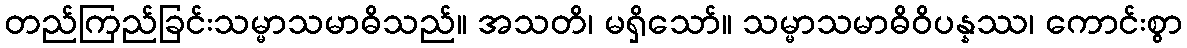
တည်ကြည်ခြင်းသမ္မာသမာဓိသည်။ အသတိ၊ မရှိသော်။ သမ္မာသမာဓိဝိပန္နဿ၊ ကောင်းစွာ